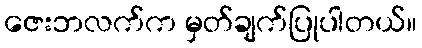
ဇေးဘလက်က မှတ်ချက်ပြုပါတယ်။